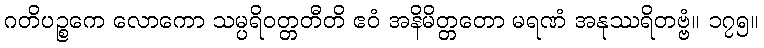
ဂတိပဉ္စကေ လောကော သမ္ပရိဝတ္တတီတိ ဧဝံ အနိမိတ္တတော မရဏံ အနုဿရိတဗ္ဗံ။ ၁၇၅။